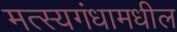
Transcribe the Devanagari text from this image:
मत्स्यगंधामधील